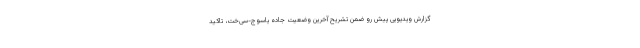
گزارش ویدیویی پیش رو ضمن تشریح آخرین وضعیت جاده یاسوج-سی‌خت، تاکید